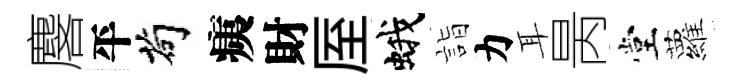
麐平茍痍財厔蛾詣力耳昺堂蘿